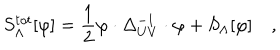
S _ { \Lambda } ^ { t o t } [ \varphi ] = { \frac { 1 } { 2 } } \varphi \cdot { \Delta _ { U V } ^ { - 1 } } \cdot \varphi + S _ { \Lambda } [ \varphi ] \quad ,